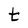
Character: t